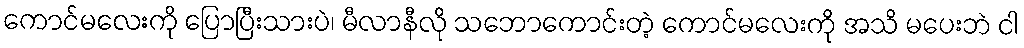
ကောင်မလေးကို ပြောပြီးသားပဲ၊ မီလာနီလို သဘောကောင်းတဲ့ ကောင်မလေးကို အသိ မပေးဘဲ ငါ